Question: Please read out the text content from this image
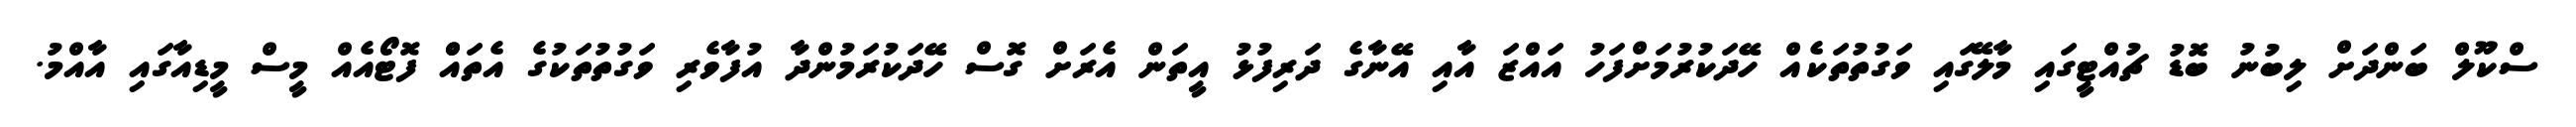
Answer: ސްކޫލް ބަންދަށް ލިބުނު ބޮޑު ޗުއްޓީގައި މާލޭގައި ވަގުތުތަކެއް ހޭދަކުރުމަށްފަހު އައްޒަ އާއި އޭނާގެ ދަރިފުޅު އީތަން އެރަށް ގޮސް ހޭދަކުރަމުންދާ އުފާވެރި ވަގުތުތަކުގެ އެތައްް ފޮޓޯއެއް މީސް މީޑިއާގައި އާއްމު.